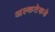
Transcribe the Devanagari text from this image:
अल्कतेकडे